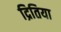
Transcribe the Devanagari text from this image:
द्रितिया